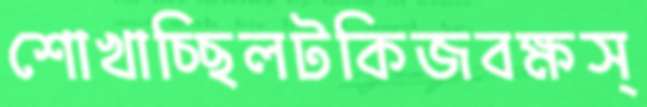
শোখাচ্ছিলটকিজবক্ষস্